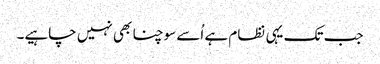
جب تک یہی نظام ہے اُسے سوچنا بھی نہیں چاہیے۔